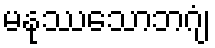
မနုဿသောဘဂျံ